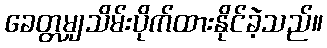
ခေတ္တမျှသိမ်းပိုက်ထားနိုင်ခဲ့သည်။